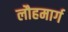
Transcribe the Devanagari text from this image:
लौहमार्ग